Report on vaccination in Madras 1922-1929 - 1922-1929
Year: 1922
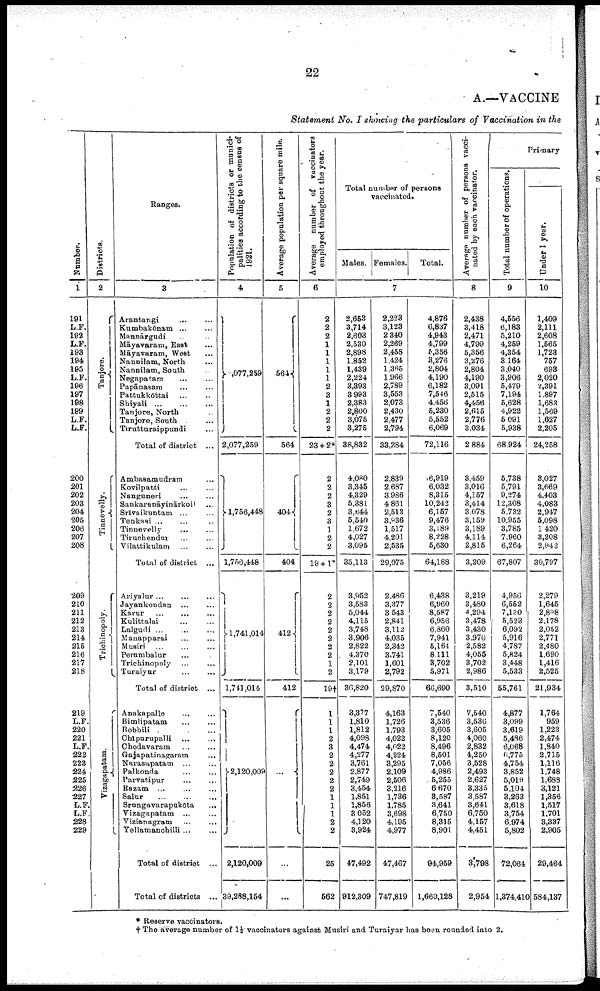
22
A.—VACCINE
Statement No. I showing the particulars of Vaccination in the
Number.
1
191
L.F.
192
L.F.
198
194
195
Ł.F.
196
197
198
199
L.F.
L.F.
200
201
202
203
204
205
206
207
208
209
210
211
212
213
214
215
216
217
218
219
L.F
220
221
L.F
222
223
224
225
226
227
L.F
L.F
228
229
Districts.
2
Tanjore.
Tinnevelly.
Trichinopoly.
Vizagapatam.
Ranges.
3
Arantangi... ...
Kumbakōnam ... ...
Mannārgudi... ...
Māyavaram, East... ...
Māyavaram, West
Nannilam, North... ...
Nannilam, South... ...
Negapatam... ...
Papānasam...
...
Pattukkōttai...
...
Shiyali... ... ...
Tanjore, North... ...
Tanjore, South... ...
Tirutturaippundi... ...
Total of district ...
Ambasamudram... ...
Kovilpatti... ...
Nanguneri... ...
Sankaranāyinārkoi... ...
Srivaikuntam... ...
Tenkasi...
...
Tinnevelly...
...
Tiruchendur... ...
Vilattikulam... ...
Total of district ...
Ariyalur ... ...
Jayankondan... ...
Karur
...
...
Kulittalai... ...
Lalgudi ... ...
Manapparai... ...
Musiri...
...
Perambalur... ...
Trichinopoly... ...
Turaiyur...
...
Total of district ...
Anakapalle... ...
Bimlipatam... ...
Bobbili... ...
Chipurupalli... ...
Chodavaram...
...
Gajapatinagaram... ...
Narasapatam... ...
Palkonda... ...
Parvatipur...
...
Razam... ...
Salur...
...
Srungavarapukōta... ...
Vizagapatam... ...
Vizianugram... ...
Yellamanchilli... ...
Total of district ...
Total of districts... ...
Population of districts or munici
palities according to the census of
1921.
4
2,077,259
2,077,259
1,756,448
1,756,448
1,741,014
1,741,014
2,120,009
2,120,009
39,288,154
Average population per square mile.
5
564
564
404
404
412
412
...
...
...
Average number of vaccinators
employed throughout the year.
6
2
2
2
1
1
1
1
1
2
3
1
2
2
2
23 + 2*
2
2
2
3
2
3
1
2
2
19 + 1*
2
2
2
2
2
2
2
2
1
2
l9†
1
1
1
2
3
2
2
2
2
2
1
1
1
2
2
25
562
Total number of persons
vaccinated.
Males. Females. Total.
7
2,653
3,714
2,603
2,530
2,898
1,852
1,439
2,224
3,393
3993
2,383
2,800
3,075
3,275
38,832
4,080
3,345
4,329
5,381
3,644
5,540
1,672
4,027
3,095
35,113
3,952
3,583
5,044
4,115
3,748
3,906
2,822
4,370
2,101
3,179
30,820
3,377
1,810
1,812
4,098
4,474
4,277
3,761
2,877
2,749
3,454
1,851
1,856
3,052
4,120
3,924
47,492
912,309
2,223
3,123
2,340
2,269
2,458
1,424
1,365
1,966
2,789
3,553
2,073
2,430
2,477
2,794
33,284
2,839
2,687
3,986
4,861
2,513
8,986
1,517
4,201
2,535
29,075
2,486
3,377
3,543
2,841
3,112
4,035
2,342
3,741
1,601
2,792
29,870
4,163
1,726
1,793
4,022
4,022
4,224
3,295
2,109
2,506
3,216
1,736
1,785
3,698
4,195
4,977
47,467
747,819
4,876
6,837
4,943
4,799
5,356
3,276
2,804
4,190
6,182
7,546
4,456
5,230
5,552
6,069
72,116
6,919
6,032
8,315
10,242
6,157
9,476
3,189
8,228
5,630
64,188
6,438
6,960
8,587
6,956
6,860
7,941
5,164
8,111
3,702
5,971
66,690
7,540
3,536
3,605
8,120
8,496
8,501
7,056
4,986
5,255
6,670
3,587
3,641
6,750
8,315
8,901
94,959
1,660,128
Average number of persons vacci
nated by each vaccinator.
8
2,438
3,418
2,471
4,799
5,356
3,276
2,804
4,190
3,091
2,515
4,456
2,615
2,776
3,034
2,884
3,459
3,016
4,157
3,414
3,078
3,159
3,189
4,114
2,815
3,209
3,219
3,480
4,294
3,478
3,430
3,970
2,582
4,055
3,702
2,986
3,510
7,540
3,536
3,605
4,060
2,832
4,250
3,528
2,493
2,627
3,335
3,587
3,641
6,760
4,157
4,451
3,798
2,954
Primary
Total number of operations
9
4,556
6,183
5,210
4,259
4,354
3164
3,040
3,906
5,479
7,194
5,628
4,922
5 091
5,938
68,924
5,738
5,791
9,274
12,308
5,732
10,955
3,785
7,960
6,264
67,807
4,956
6,552
7,130
5,523
6,092
5,916
4,787
5,824
3,448
5,533
55,761
4,877
3,099
3,619
5,436
6,068
6,775
4,754
3,852
5,019
5,104
3,263
3,618
3,754
6,974
5,802
72,064
1,374,410
Under 1 year.
10
1,409
2,111
2,608
1,565
1,723
757
693
2,020
2,391
1,897
1,683
1,569
1,627
2,205
24,258
3,027
3,669
4,403
4,083
2,947
5,098
1,420
3,208
2,942
30,797
2,279
1,645
2,898
2,178
2,052
2,771
2,480
1,690
1,416
2,525
21,934
1,764
959
1,223
2,474
1,840
2,715
1,116
1,748
1,688
3,121
1,356
1,517
1,701
3,337
2,905
29,464
584,137
* Reserve vaccinators.
†The average number of l½ vaccinators against Musiri and Turaiyur has been rounded into 2.